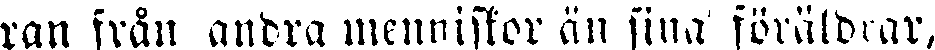
ran från andra menniskor än sina föräldrar,